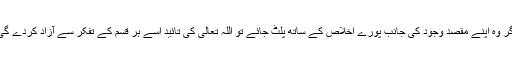
اگر وہ اپنے مقصد وجود کی جانب پورے اخلاص کے ساتھ پلٹ جائے تو اللہ تعالیٰ کی تائید اسے ہر قسم کے تفکر سے آزاد کردے گی۔